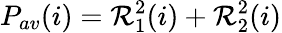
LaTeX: P_{av}(i)=\mathcal{R}_{1}^{2}(i)+\mathcal{R}_{2}^{2}(i)